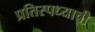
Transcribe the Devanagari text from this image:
प्रतिस्पध्याची